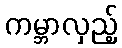
ကမ္ဘာလှည့်